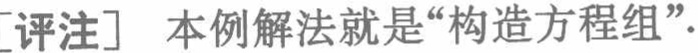
[评注] 本例解法就是“构造方程组”.